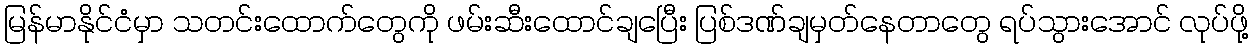
မြန်မာနိုင်ငံမှာ သတင်းထောက်တွေကို ဖမ်းဆီးထောင်ချပြေီး ပြစ်ဒဏ်ချမှတ်နေတာတွေ ရပ်သွားအောင် လုပ်ဖို့